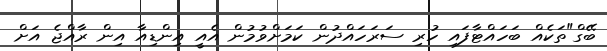
ބޭގް"ތަކެއް ބަހައްޓާފައި ހުރި ސަރަހައްދުން ކަމަށްވުމުން އެއީ އިންޑިއާ އިން ރާއްޖެ އަށް